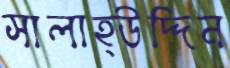
সালাহ্উদ্দিন